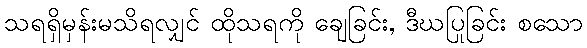
သရရှိမှန်းမသိရလျှင် ထိုသရကို ချေခြင်း, ဒီဃပြုခြင်း စသော